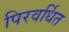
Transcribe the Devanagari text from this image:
पिरवर्धित